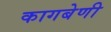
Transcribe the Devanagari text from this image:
कागबेणी